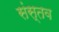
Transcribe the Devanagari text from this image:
संस्तव